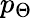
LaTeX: p_{\Theta}